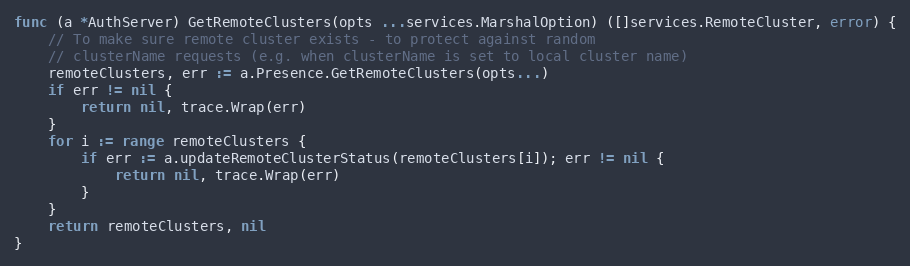
Language: Go
func (a *AuthServer) GetRemoteClusters(opts ...services.MarshalOption) ([]services.RemoteCluster, error) {
	// To make sure remote cluster exists - to protect against random
	// clusterName requests (e.g. when clusterName is set to local cluster name)
	remoteClusters, err := a.Presence.GetRemoteClusters(opts...)
	if err != nil {
		return nil, trace.Wrap(err)
	}
	for i := range remoteClusters {
		if err := a.updateRemoteClusterStatus(remoteClusters[i]); err != nil {
			return nil, trace.Wrap(err)
		}
	}
	return remoteClusters, nil
}